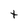
Character: t